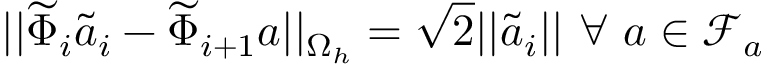
| | \widetilde { \Phi } _ { i } \widetilde { \boldsymbol { a } } _ { i } - \widetilde { \Phi } _ { i + 1 } \boldsymbol { a } | | _ { \Omega _ { h } } = \sqrt { 2 } | | \widetilde { \boldsymbol { a } } _ { i } | | \mathrm { ~ } \forall \mathrm { ~ } \boldsymbol { a } \in \mathcal { F } _ { a }